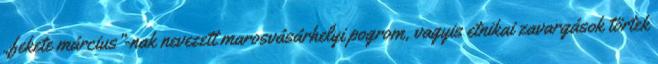
„fekete március”-nak nevezett marosvásárhelyi pogrom, vagyis etnikai zavargások törtek